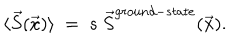
LaTeX: \langle \vec { S } ( \vec { x } ) \rangle ~ = ~ s ~ \vec { S } ^ { g r o u n d - s t a t e } ( \vec { x } ) .